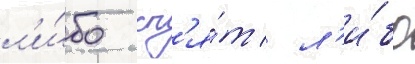
л'и́бо сп'я́т / л'и́бо